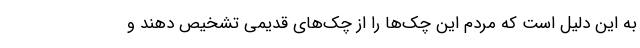
به این دلیل است که مردم این چک‌ها را از چک‌های قدیمی تشخیص دهند و